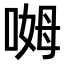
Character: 𫪰